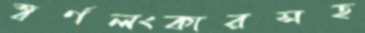
স্বর্ণলংকারসহ